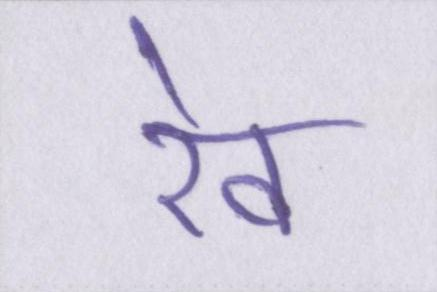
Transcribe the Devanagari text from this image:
रेव